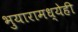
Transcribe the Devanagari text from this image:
भुयारामध्येही